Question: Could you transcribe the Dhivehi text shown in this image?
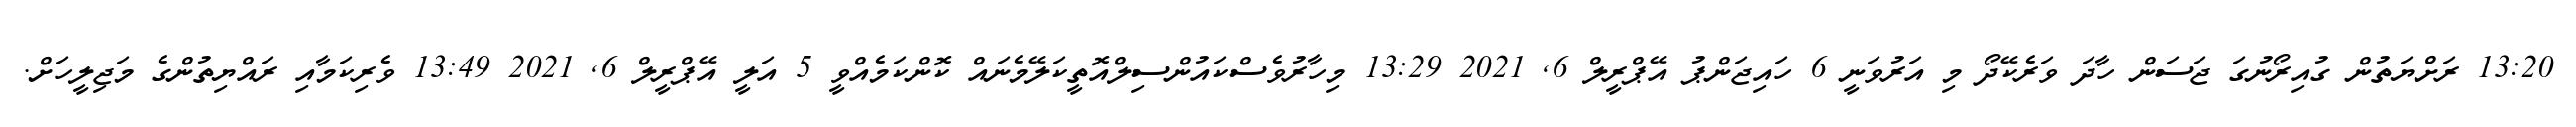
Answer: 13:20 ރަށްޔަތުން ގުއިރޯނުގަ ޖަސަން ހާދަ ވަރެކޭދޯ މި އަރުވަނީ 6 ހައިޖަންޕު އޭޕްރީލް 6, 2021 13:29 މިހާރުވެސްކައުންސިލްއޮތީކަލޭމެނައް ކޮންކަމެއްވީ 5 އަލީ އޭޕްރީލް 6, 2021 13:49 ވެރިކަމާއި ރައްޔިތުންގެ މަޖިލީހަށް.